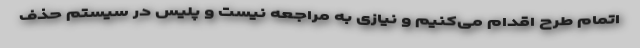
اتمام طرح اقدام می‌کنیم و نیازی به مراجعه نیست و پلیس در سیستم حذف